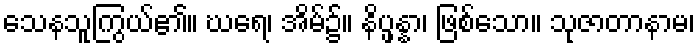
သေနသူကြွယ်၏။ ဃရေ၊ အိမ်၌။ နိပ္ဖန္နာ၊ ဖြစ်သော။ သုဇာတာနာမ၊